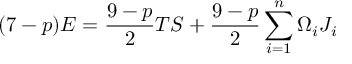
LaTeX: ( 7 - p ) E = \frac { 9 - p } { 2 } T S + \frac { 9 - p } { 2 } \sum _ { i = 1 } ^ { n } \Omega _ { i } J _ { i }